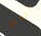
تجدنا